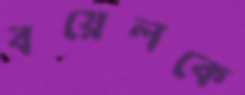
বয়েলকে